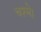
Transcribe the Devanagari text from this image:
चश्मे।